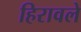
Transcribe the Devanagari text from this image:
हिरावले